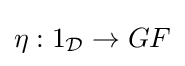
\eta :1_{\mathcal {D}}\to GF